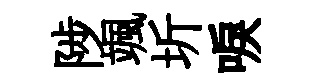
陟颯圻唳